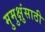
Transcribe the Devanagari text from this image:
मुमुक्षुंसाठी